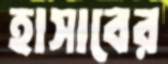
হাসাবের